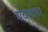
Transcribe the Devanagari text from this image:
गदरवारा